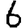
Digit: 6